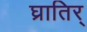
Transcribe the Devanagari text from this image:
घ्रातिर्